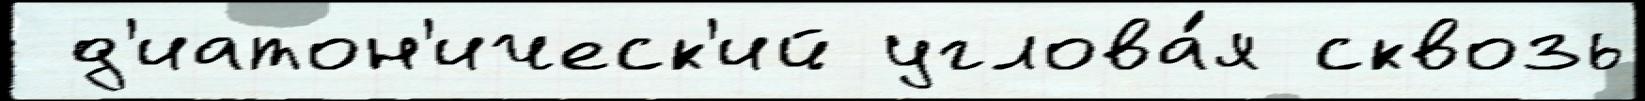
 д'иатон'ическ'ий углова́я сквозь